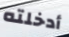
أدخلته